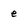
Character: e